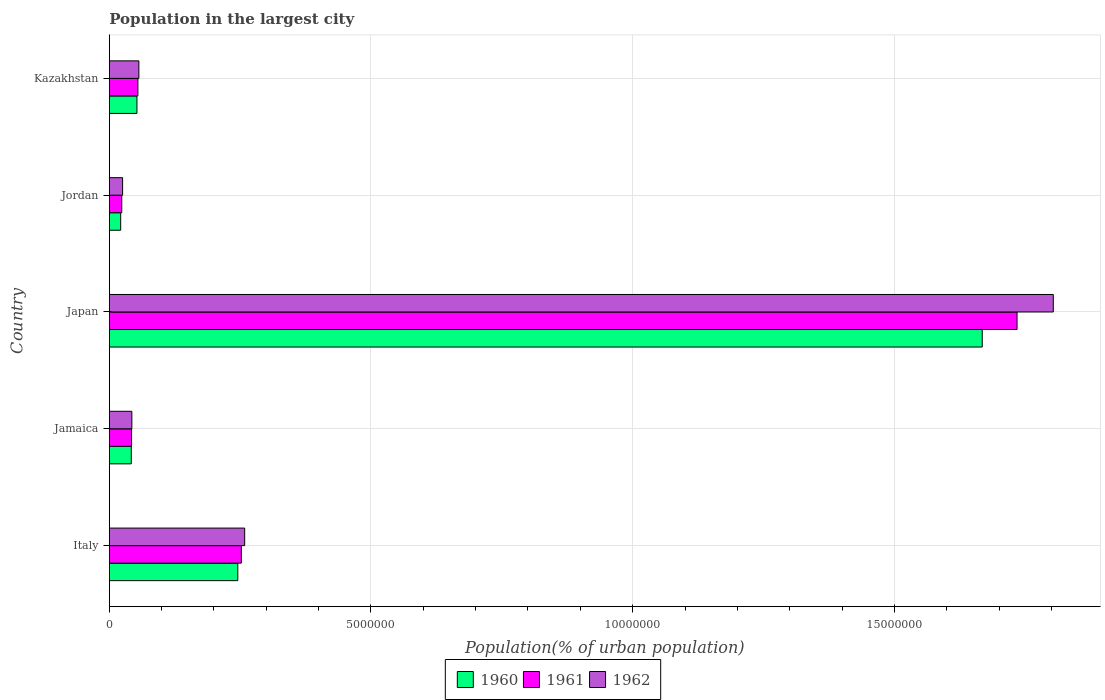
| Country | 1960 | 1961 | 1962 |
 | --- | --- | --- | --- |
 | Italy | 2.46e+06 | 2.52e+06 | 2.59e+06 |
 | Jamaica | 4.21e+05 | 4.26e+05 | 4.31e+05 |
 | Japan | 1.67e+07 | 1.73e+07 | 1.8e+07 |
 | Jordan | 2.18e+05 | 2.38e+05 | 2.55e+05 |
 | Kazakhstan | 5.29e+05 | 5.47e+05 | 5.66e+05 |